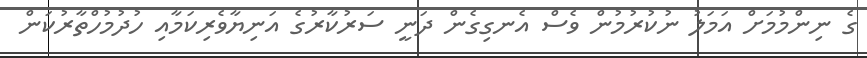
ގެ ނިންމުމަށް އަމަލު ނުކުރުމުން ވެސް އެނގިގެން ދަނީ ސަރުކާރުގެ އަނިޔާވެރިކަމާއި ހުދުމުހްތާރުކަން